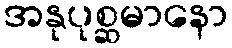
အနုပုစ္ဆမာနော